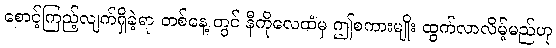
စောင့်ကြည့်လျက်ရှိခဲ့ရာ တစ်နေ့ တွင် နီကိုလေထံမှ ဤစကားမျိုး ထွက်လာလိမ့်မည်ဟု